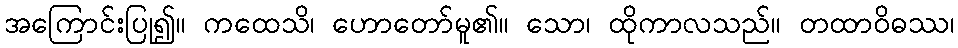
အကြောင်းပြု၍။ ကထေသိ၊ ဟောတော်မူ၏။ သော၊ ထိုကာလသည်။ တထာဝိဓဿ၊